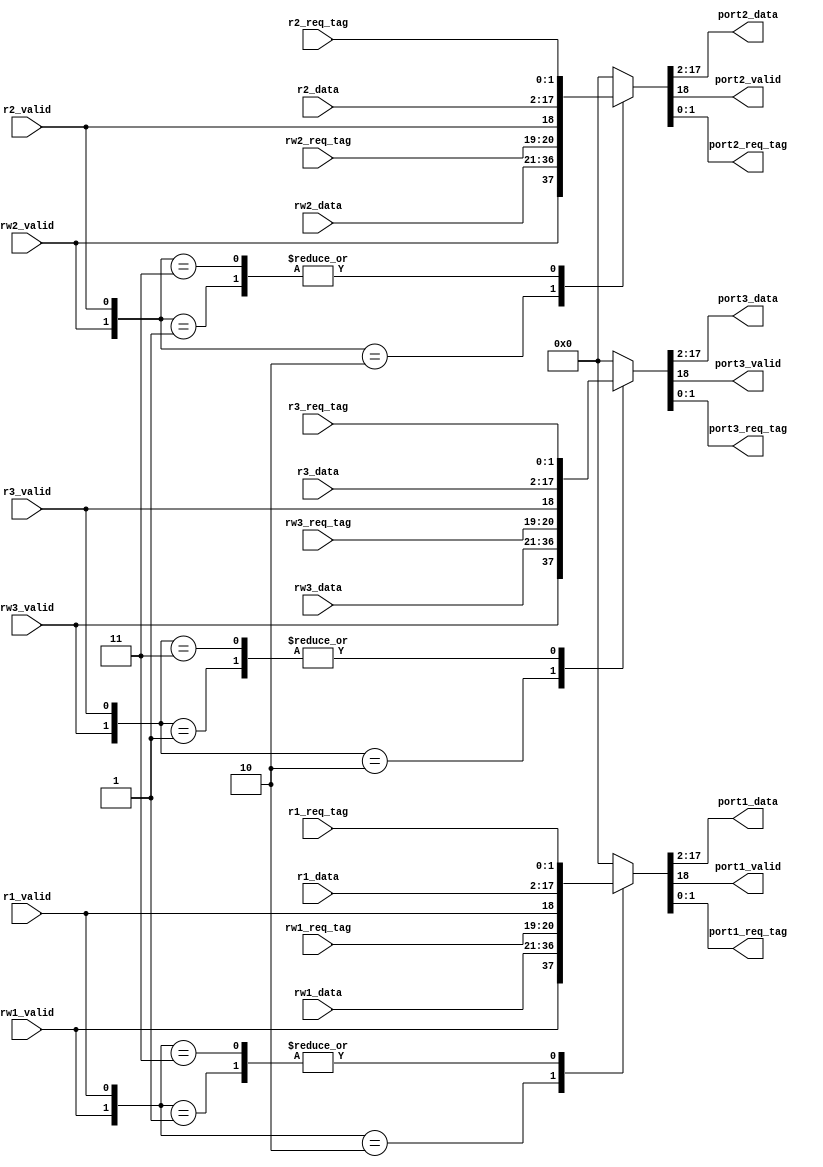
module bank_out_arb(
        input   wire    [15:0]      rw1_data,
        input   wire    [15:0]      rw2_data,
        input   wire    [15:0]      rw3_data,

        input   wire                rw1_valid,
        input   wire                rw2_valid,
        input   wire                rw3_valid,

        input   wire    [1:0]       rw1_req_tag,
        input   wire    [1:0]       rw2_req_tag,
        input   wire    [1:0]       rw3_req_tag,

        input   wire    [15:0]      r1_data,
        input   wire    [15:0]      r2_data,
        input   wire    [15:0]      r3_data,

        input   wire                r1_valid,
        input   wire                r2_valid,
        input   wire                r3_valid,

        input   wire    [1:0]       r1_req_tag,
        input   wire    [1:0]       r2_req_tag,
        input   wire    [1:0]       r3_req_tag,


        output  wire    [15:0]      port1_data,
        output  wire    [15:0]      port2_data,
        output  wire    [15:0]      port3_data,

        output  wire                port1_valid,
        output  wire                port2_valid,
        output  wire                port3_valid,

        output  wire    [1:0]       port1_req_tag,
        output  wire    [1:0]       port2_req_tag,
        output  wire    [1:0]       port3_req_tag

    );

    wire [18:0] rw1_in;
    wire [18:0] rw2_in;
    wire [18:0] rw3_in;

    assign rw1_in   = {rw1_valid, rw1_data, rw1_req_tag};
    assign rw2_in   = {rw2_valid, rw2_data, rw2_req_tag};
    assign rw3_in   = {rw3_valid, rw3_data, rw3_req_tag};

    wire [18:0] r1_in;
    wire [18:0] r2_in;
    wire [18:0] r3_in;

    assign r1_in    = {r1_valid, r1_data, r1_req_tag};
    assign r2_in    = {r2_valid, r2_data, r2_req_tag};
    assign r3_in    = {r3_valid, r3_data, r3_req_tag};

    reg [18:0] port1_out;
    reg [18:0] port2_out;
    reg [18:0] port3_out;

    assign {port1_valid, port1_data, port1_req_tag} = port1_out;
    assign {port2_valid, port2_data, port2_req_tag} = port2_out;
    assign {port3_valid, port3_data, port3_req_tag} = port3_out;

    always @ (*) begin

        case ({rw1_valid, r1_valid})        
            2'b01 : begin
                port1_out = r1_in;
            end
            
            2'b10 : begin
                port1_out = rw1_in;
            end    

            2'b11: begin
                port1_out = r1_in;
            end

            default : begin
                port1_out = 0;
            end
        endcase

        case ({rw2_valid, r2_valid})
            2'b01 : begin
                port2_out = r2_in;
            end
            
            2'b10 : begin
                port2_out = rw2_in;
            end    

            2'b11: begin
                port2_out = r2_in;
            end

            default : begin
                port2_out = 0;
            end
        endcase

        case ({rw3_valid, r3_valid})
            2'b01 : begin
                port3_out = r3_in;
            end
            
            2'b10 : begin
                port3_out = rw3_in;
            end    

            2'b11: begin
                port3_out = r3_in;
            end

            default: begin
                port3_out = 0;
            end
        endcase

    end

endmodule